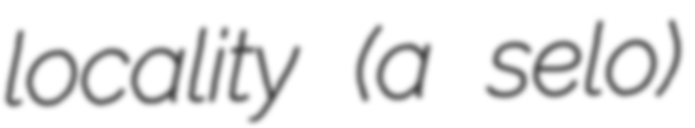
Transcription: locality (a selo)